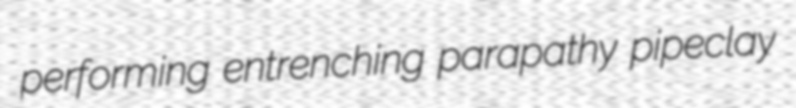
performing entrenching parapathy pipeclay